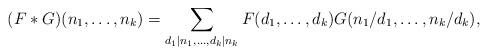
LaTeX: \begin{align*} (F*G)(n_1,\ldots,n_k)=\sum_{d_1\mid n_1, \ldots, d_k\mid n_k} F(d_1,\ldots,d_k) G(n_1/d_1,\ldots, n_k/d_k), \end{align*}